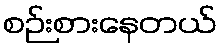
စဉ်းစားနေတယ်